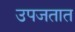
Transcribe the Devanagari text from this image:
उपजतात